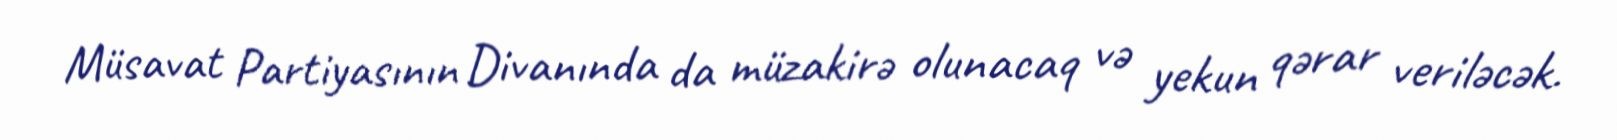
Müsavat Partiyasının Divanında da müzakirə olunacaq və yekun qərar veriləcək.